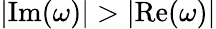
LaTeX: |\mathrm{Im}(\omega)|>|\mathrm{Re}(\omega)|